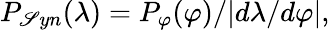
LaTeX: P_{\mathscr{S}yn}(\lambda)=P_{\varphi}(\varphi)/|d\lambda/d\varphi|,